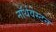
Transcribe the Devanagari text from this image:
नॉर्थवेस्टन